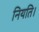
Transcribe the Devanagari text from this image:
नियति।